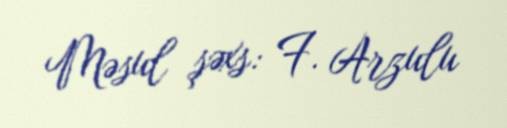
Məsul şəxs: F. Arzulu